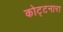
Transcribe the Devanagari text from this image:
कोट्टनारा